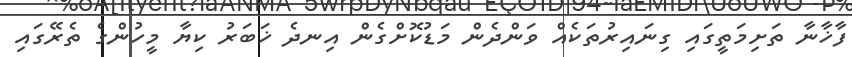
ފާޚާނާ ތަށިމަތީގައި ގިނައިރުތަކެއް ވަންދެން މަޑުކޮށްގެން އިނދެ ޚަބަރު ކިޔާ މީހުންގެ ތެރޭގައި